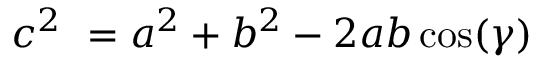
c ^ { 2 } \ = a ^ { 2 } + b ^ { 2 } - 2 a b \cos ( \gamma )